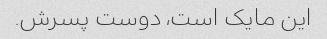
این مایک است، دوست پسرش.